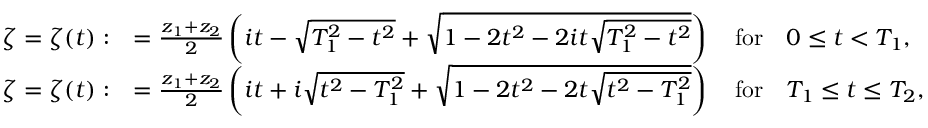
\begin{array} { r l } { \zeta = \zeta ( t ) : } & { = \frac { z _ { 1 } + z _ { 2 } } { 2 } \left( i t - \sqrt { T _ { 1 } ^ { 2 } - t ^ { 2 } } + \sqrt { 1 - 2 t ^ { 2 } - 2 i t \sqrt { T _ { 1 } ^ { 2 } - t ^ { 2 } } } \right) \quad \mathrm { f o r } \quad 0 \le t < T _ { 1 } , } \\ { \zeta = \zeta ( t ) : } & { = \frac { z _ { 1 } + z _ { 2 } } { 2 } \left( i t + i \sqrt { t ^ { 2 } - T _ { 1 } ^ { 2 } } + \sqrt { 1 - 2 t ^ { 2 } - 2 t \sqrt { t ^ { 2 } - T _ { 1 } ^ { 2 } } } \right) \quad \mathrm { f o r } \quad T _ { 1 } \le t \le T _ { 2 } , } \end{array}